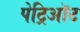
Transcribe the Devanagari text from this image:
पेट्रिऑट